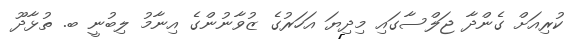
ކުރިއަށް ގެންދާ ޖަލްސާގައި މިދިޔަ އަހަރުގެ ޒުވާނުންގެ އިނާމު ލިބުނީ ބ. ތުޅާދޫ